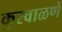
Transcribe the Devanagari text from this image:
कुरवाळणें